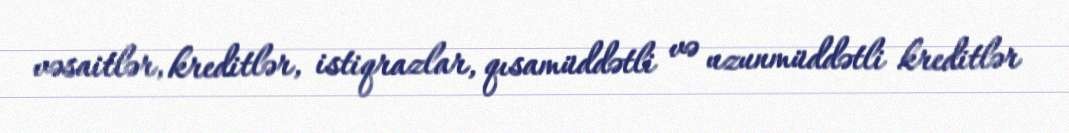
vəsaitlər, kreditlər, istiqrazlar, qısamüddətli və uzunmüddətli kreditlər